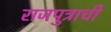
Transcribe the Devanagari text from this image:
राजपुत्राची